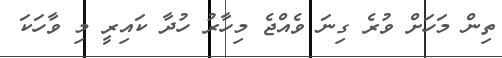
ތިން މަހަށް ވުރެ ގިނަ ވެއްޖެ މިހާރު ހުދާ ކައިރީ މި ވާހަކަ